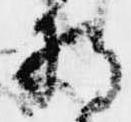
将